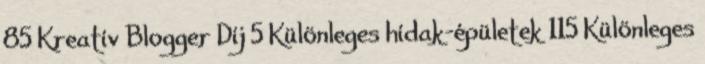
85 Kreatív Blogger Díj 5 Különleges hídak-épületek 115 Különleges